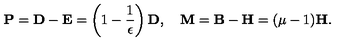
{ \bf P } = { \bf D - E } = \left( 1 - { \frac { 1 } { \epsilon } } \right) { \bf D } , \quad { \bf M } = { \bf B - H } = ( \mu - 1 ) { \bf H } .